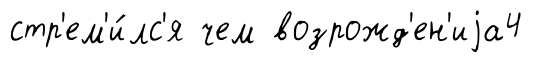
стр'ем'и́лс'я чем возрожд'ен'иjа4